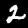
Digit: 2